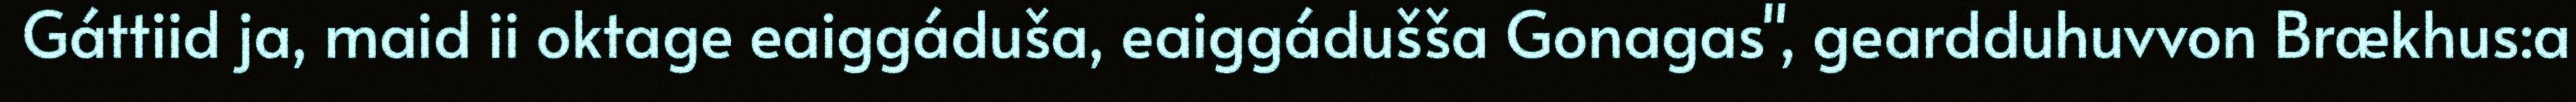
Gáttiid ja, maid ii oktage eaiggáduša, eaiggádušša Gonagas", geardduhuvvon Brækhus:a